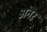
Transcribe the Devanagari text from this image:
अनर